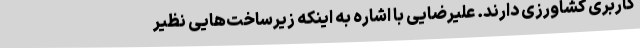
کاربری کشاورزی دارند. علیرضایی با اشاره به اینکه زیرساخت‌هایی نظیر